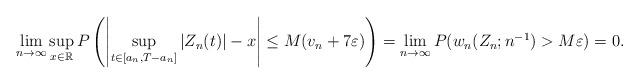
LaTeX: \begin{align*}\lim_{n\to\infty}\sup_{x\in\mathbb{R}}P\left(\left|\sup_{t\in[a_n,T-a_n]}|Z_n(t)|-x\right|\leq M(v_n+7\varepsilon)\right)=\lim_{n\to\infty}P(w_n(Z_n;n^{-1})>M\varepsilon)=0.\end{align*}